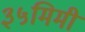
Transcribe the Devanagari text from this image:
३५मिमी